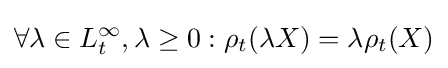
\forall \lambda \in L_{t}^{\infty },\lambda \geq 0:\rho _{t}(\lambda X)=\lambda \rho _{t}(X)